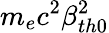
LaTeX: m_{e}c^{2}\beta_{th0}^{2}